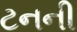
ટનની